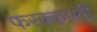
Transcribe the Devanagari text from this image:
फरक्काशी